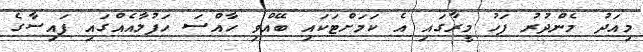
މިއަދު މެންދުރު ފަހު މީރާގައި އެ ކަމަށްޓަކައި ބޭއްވި ހާއްސަ ހަފުލާއެއްގައި ފައިސާގެ